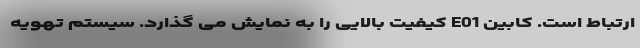
ارتباط است. کابین E01 کیفیت بالایی را به نمایش می گذارد. سیستم تهویه